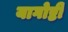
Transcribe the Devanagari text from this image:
यागोष्टी